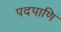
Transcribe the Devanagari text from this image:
पदपाणि